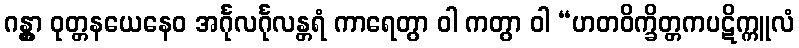
ဂန္တွာ ဝုတ္တနယေနေဝ အင်္ဂုလင်္ဂုလန္တရံ ကာရေတွာ ဝါ ကတွာ ဝါ “ဟတဝိက္ခိတ္တကပဋိက္ကူလံ